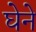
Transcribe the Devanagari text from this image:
घेने